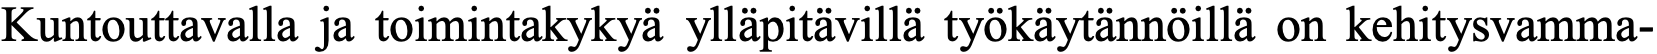
Kuntouttavalla ja toimintakykyä ylläpitävillä työkäytännöillä on kehitysvamma-